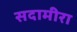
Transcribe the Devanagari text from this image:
सदामीरा